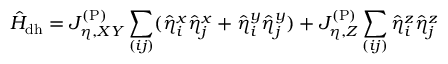
\hat { H } _ { \mathrm { d h } } = J _ { \eta , X Y } ^ { \mathrm { ( P ) } } \sum _ { ( i j ) } ( \hat { \eta } _ { i } ^ { x } \hat { \eta } _ { j } ^ { x } + \hat { \eta } _ { i } ^ { y } \hat { \eta } _ { j } ^ { y } ) + J _ { \eta , Z } ^ { \mathrm { ( P ) } } \sum _ { ( i j ) } \hat { \eta } _ { i } ^ { z } \hat { \eta } _ { j } ^ { z }